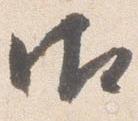
御